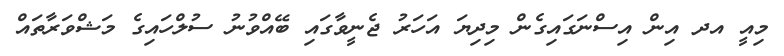
މިއީ އދ އިން އިސްނަގައިގެން މިދިޔަ އަހަރު ޖެނީވާގައި ބޭއްވުނު ސުލްހައިގެ މަޝްވަރާތައް